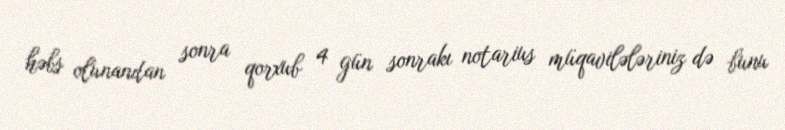
həbs olunandan sonra qorxub 4 gün sonrakı notarius müqavilələriniz də bunu